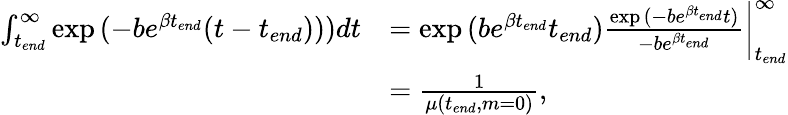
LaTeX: \begin{array}{rl}{\int_{t_{end}}^{\infty}\exp{(-be^{\beta t_{end}}(t-t_{end})))}dt}&{=\exp{(be^{\beta t_{end}}t_{end})}\frac{\exp{(-be^{\beta t_{end}}t)}}{-be^{\beta t_{end}}}\bigg|_{t_{end}}^{\infty}}\\ &{=\frac{1}{\mu(t_{end},m=0)},}\end{array}